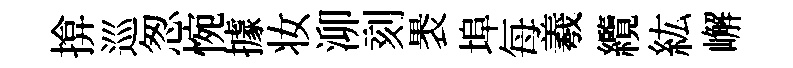
揜巡怱惋據妆泖刻褁埠每羲纜紘嶰